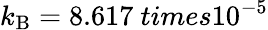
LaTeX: k_{\mathrm{B}}=8.617\ times10^{-5}